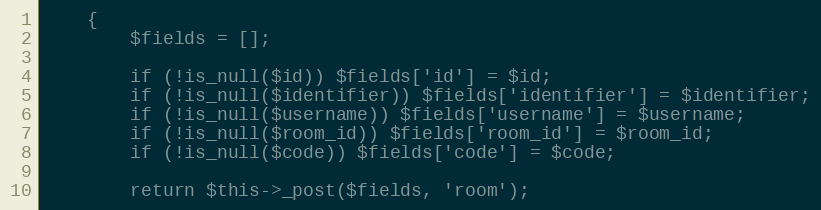
Language: PHP
    {
        $fields = [];

        if (!is_null($id)) $fields['id'] = $id;
        if (!is_null($identifier)) $fields['identifier'] = $identifier;
        if (!is_null($username)) $fields['username'] = $username;
        if (!is_null($room_id)) $fields['room_id'] = $room_id;
        if (!is_null($code)) $fields['code'] = $code;

        return $this->_post($fields, 'room');